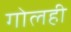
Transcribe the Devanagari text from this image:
गोलही